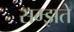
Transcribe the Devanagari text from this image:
सम्झते